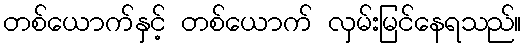
တစ်ယောက်နှင့် တစ်ယောက် လှမ်းမြင်နေရသည်။